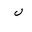
Letter: _lam